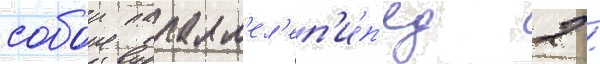
собои паралл'ел'еп'и́п'ед 2 /